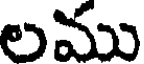
లము